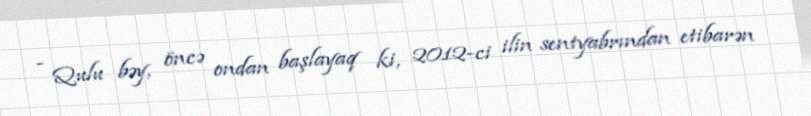
- Qulu bəy, öncə ondan başlayaq ki, 2012-ci ilin sentyabrından etibarən